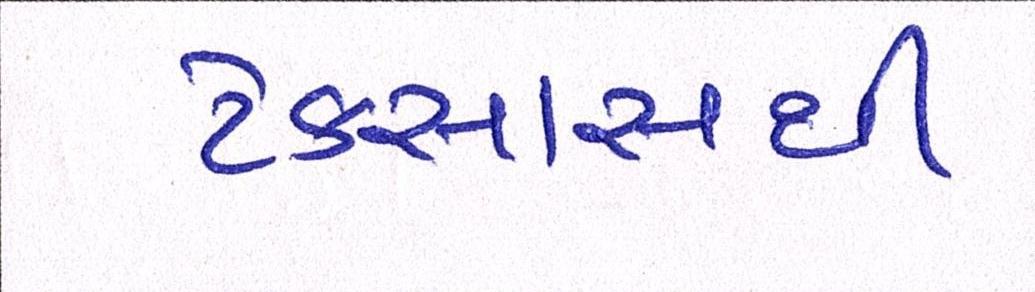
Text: ટેક્સાસથી